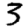
Digit: 3